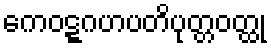
ကေဝဋ္ဋဂဟပတိပုတ္တဝတ္ထု